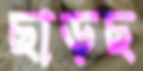
ছাড়ছ